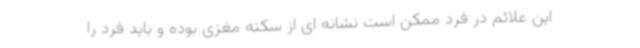
این علائم در فرد ممکن است نشانه ای از سکته مغزی بوده و باید فرد را